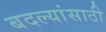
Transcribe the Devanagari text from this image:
बदल्यांसाठी